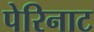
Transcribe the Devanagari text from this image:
पेरिनाट